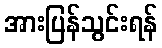
အားပြန်သွင်းရန်